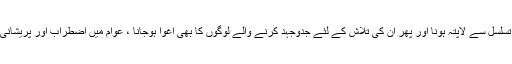
افراد کا ایک تسلسل سے لاپتہ ہونا اور پھر اُن کی تلاش کے لئے جدوجہد کرنے والے لوگوں کا بھی اغوا ہوجانا ، عوام میں اضطراب اور پریشانی کا سبب ہے۔